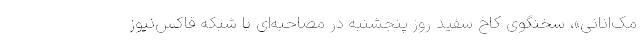
مک‌انانی»، سخنگوی کاخ سفید روز پنجشنبه در مصاحبه‌ای با شبکه فاکس‌نیوز